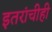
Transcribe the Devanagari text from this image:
इतरांचीही